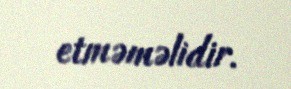
etməməlidir.